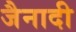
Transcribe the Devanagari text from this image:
जैनादी